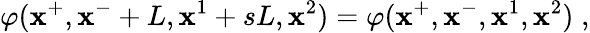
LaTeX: \varphi(\mathbf{x}^{+},\mathbf{x}^{-}+L,\mathbf{x}^{1}+sL,\mathbf{x}^{2})=\varphi(\mathbf{x}^{+},\mathbf{x}^{-},\mathbf{x}^{1},\mathbf{x}^{2})\; ,